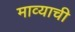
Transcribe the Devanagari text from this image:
माव्याची